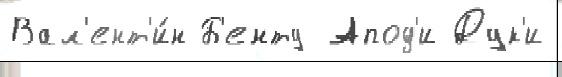
Вал'ент'и́н Б'енту Апод'и Дук'и